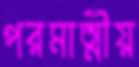
পরমাত্মীয়